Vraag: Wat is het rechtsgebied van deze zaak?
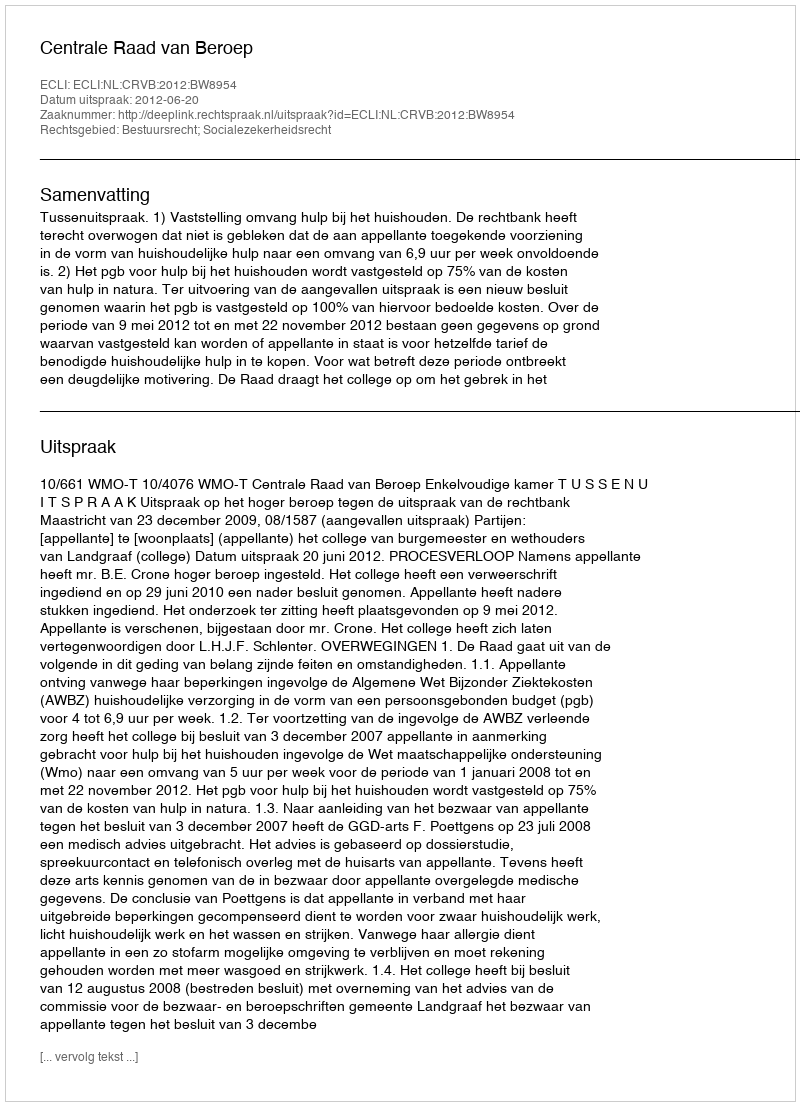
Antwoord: Bestuursrecht; Socialezekerheidsrecht